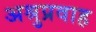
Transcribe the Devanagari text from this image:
अश्रुप्रवाह